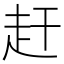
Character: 赶